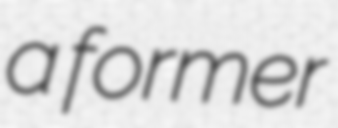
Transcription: a former